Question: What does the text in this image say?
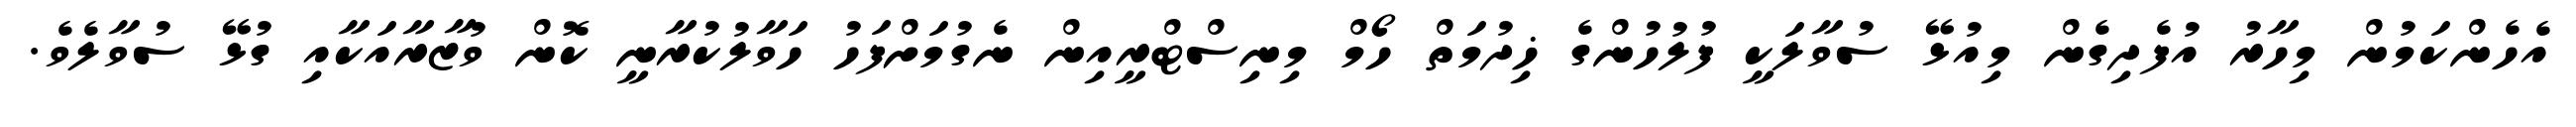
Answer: އެހެންކަމުން މިހާރު އުފެދިގެން މިއުޅޭ ސުވާލަކީ ފުލުހުންގެ ޚިދުމަތް ހޯމް މިނިސްޓްރީއިން ނެގުމަށްފަހު ހަވާލުކުރާނީ ކޮން ވުޒާރާއަކާއި ގުޅޭ ސުވާލެވެ.